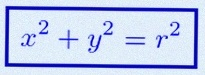
x^2+y^2=r^2